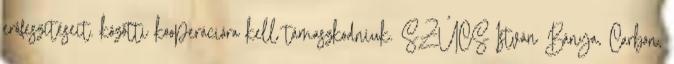
erôfeszítéseit. közötti kooperációra kell támaszkodniuk. SZÛCS István Bánya, Carbon,